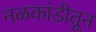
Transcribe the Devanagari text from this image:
नळकांडीतून